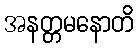
အနတ္တမနောတိ